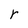
Character: r